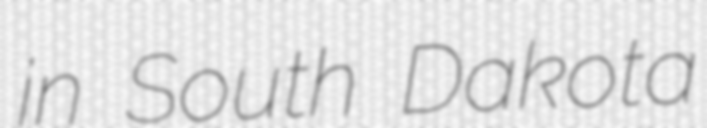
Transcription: in South Dakota